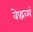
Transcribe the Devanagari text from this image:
वेद्धव्यं